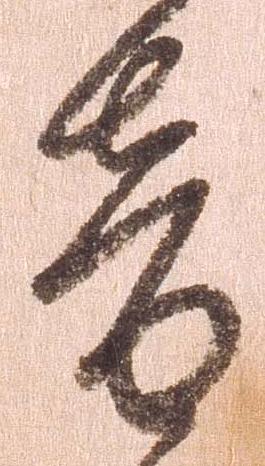
音